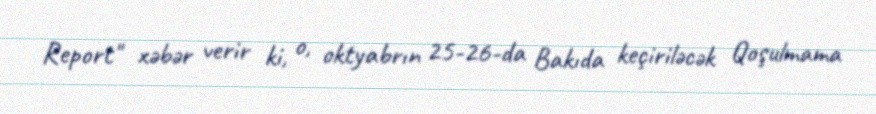
Report" xəbər verir ki, o, oktyabrın 25-26-da Bakıda keçiriləcək Qoşulmama